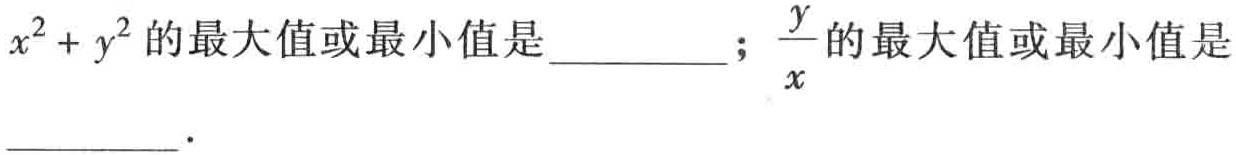
\(x^{2}+y^{2}\)的最大值或最小值是  ；\(\frac{y}{x}\)的最大值或最小值是  ．